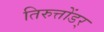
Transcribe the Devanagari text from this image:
तिरुत्तोंडर्